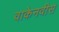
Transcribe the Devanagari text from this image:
वाकेनवीस